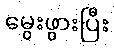
မွေးဖွားပြီး